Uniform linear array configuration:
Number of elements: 32
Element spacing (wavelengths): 0.25
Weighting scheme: binomial
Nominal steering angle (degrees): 15
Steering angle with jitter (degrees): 16.549
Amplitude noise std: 0.05
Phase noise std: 0.05

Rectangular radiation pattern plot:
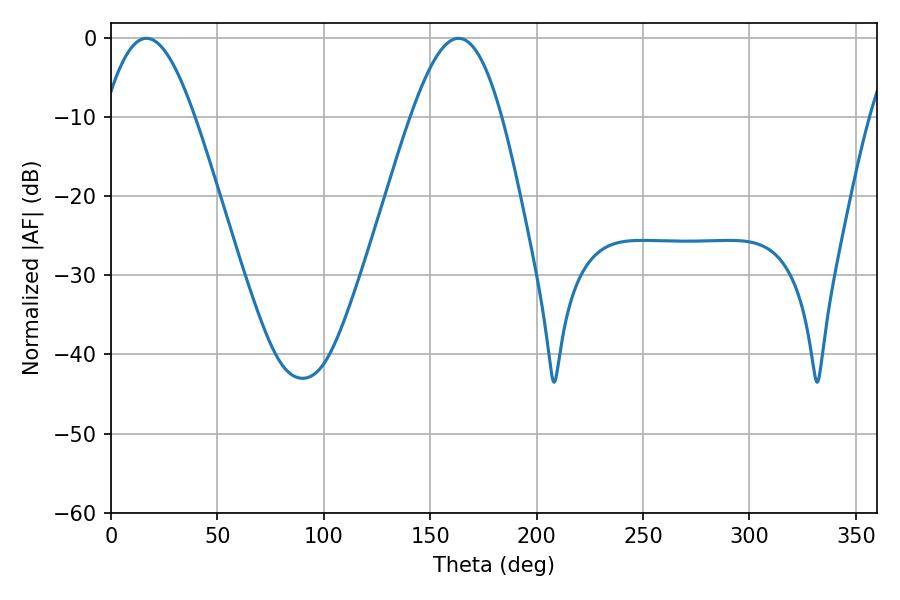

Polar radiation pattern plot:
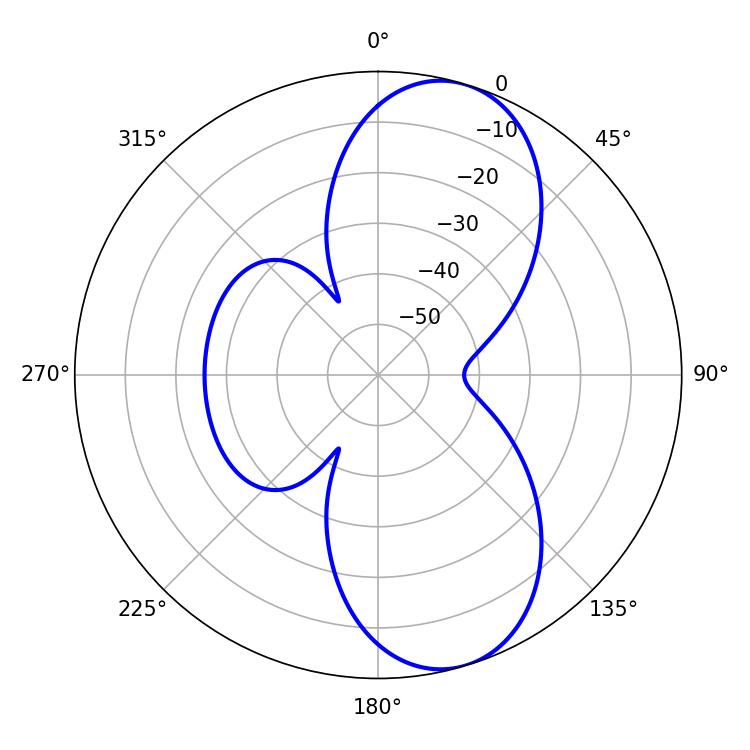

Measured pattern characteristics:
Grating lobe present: FALSE
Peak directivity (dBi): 8.951
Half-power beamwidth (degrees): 22.86
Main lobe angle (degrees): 16.74